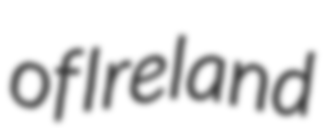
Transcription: of Ireland